Report on plague in the Punjab from October 1st ... to September 30th ..., being the ... season of plague in the province
Disease focus: Plague
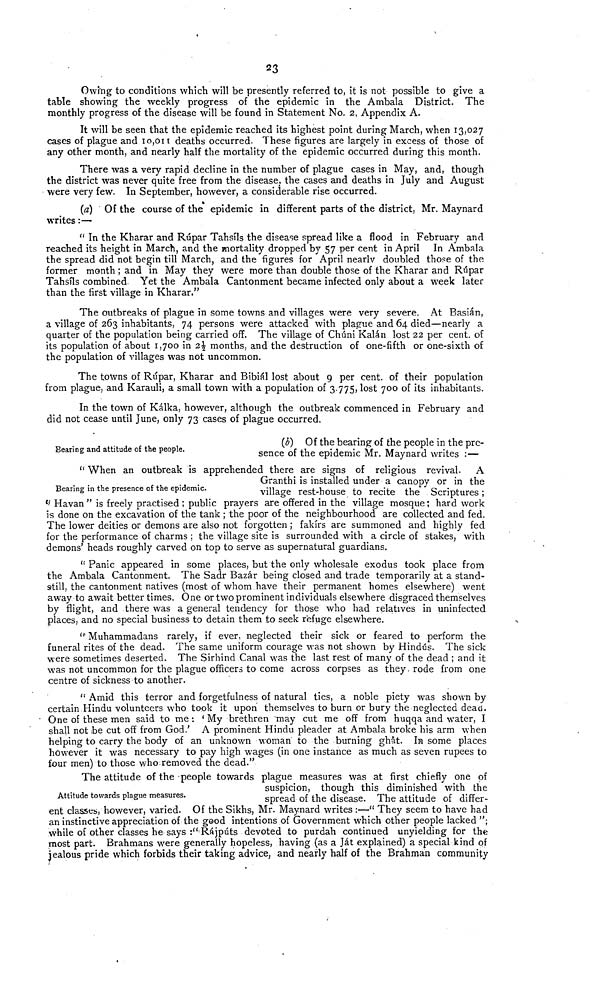
23
Owing to conditions which will be presently referred to, it is not possible to give a
table showing the weekly progress of the epidemic in the Ambala District. The
monthly progress of the disease will be found in Statement No. 2, Appendix A.
It will be seen that the epidemic reached its highest point during March, when 13,027
cases of plague and 10,011 deaths occurred. These figures are largely in excess of those of
any other month, and nearly half the mortality of the epidemic occurred during this month.
There was a very rapid decline in the number of plague cases in May, and, though
the district was never quite free from the disease, the cases and deaths in July and August
were very few. In September, however, a considerable rise occurred.
(a) Of the course of the epidemic in different parts of the district, Mr. Maynard
writes :—
" In the Kharar and Rúpar Tahsíls the disease spread like a flood in February and
reached its height in March, and the mortality dropped by 57 per cent in April In Ambala
the spread did not begin till March, and the figures for April nearlv doubled those of the
former month ; and in May they were more than double those of the Kharar and Rúpar
Tahsíls combined Yet the Ambala Cantonment became infected only about a week later
than the first village in Kharar."
The outbreaks of plague in some towns and villages were very severe. At Basián,
a village of 263 inhabitants, 74 persons were attacked with plague and 64 died—nearly a
quarter of the population being carried off. The village of Chúni Kalán lost 22 per cent, of
its population of about 1,700 in 2½ months, and the destruction of one-fifth or one-sixth of
the population of villages was not uncommon.
The towns of Rúpar, Kharar and Bibiál lost about 9 per cent, of their population
from plague, and Karauli, a small town with a population of 3775, lost 700 of its inhabitants.
In the town of Kálka, however, although the outbreak commenced in February and
did not cease until June, only 73 cases of plague occurred.
Bearing and attitude of the people.
(b) Of the bearing of the people in the pre-
sence of the epidemic Mr. Maynard writes : —
Bearing in the presence of the epidemic.
" When an outbreak is apprehended there are signs of religious revival. A
Granthi is installed under a canopy or in the
village rest-house to recite the Scriptures :
" Havan " is freely practised ; public prayers are offered in the village mosque ; hard work
is done on the excavation of the tank ; the poor of the neighbourhood are collected and fed.
The lower deities or demons are also not forgotten ; fakirs are summoned and highly fed
for the performance of charms ; the village site is surrounded with a circle of stakes, with
demons' heads roughly carved on top to serve as supernatural guardians.
" Panic appeared in some places, but the only wholesale exodus took place from
the Ambala Cantonment. The Sadr Bazár being closed and trade temporarily at a stand-
still, the cantonment natives (most of whom have their permanent homes elsewhere) went
away to await better times. One or two prominent individuals elsewhere disgraced themselves
by flight, and there was a general tendency for those who had relatives in uninfected
places, and no special business to detain them to seek refuge elsewhere.
" Muhatnmadans rarely, if ever, neglected their sick or feared to perform the
funeral rites of the dead. The same uniform courage was not shown by Hindus. The sick
were sometimes deserted. The Sirhind Canal was the last rest of many of the dead ; and it
was not uncommon for the plague officers to come across corpses as they, rode from one
centre of sickness to another.
" Amid this terror and forgetfulness of natural ties, a noble piety was shown by
certain Hindu volunteers who took it upon themselves to burn or bury the neglected dead.
One of these men said to me : ' My brethren may cut me off from huqqa and water, I
shall not be cut off from God.' A prominent Hindu pleader at Ambala broke his arm when
helping to carry the body of an unknown woman to the burning ghât. In some places
however it was necessary to pay high wages (in one instance as much as seven rupees to
four men) to those who removed the dead."
Attitude towards plague measures.
The attitude of the people towards plague measures was at first chiefly one of
suspicion, though this diminished with the
spread of the disease. The attitude of differ-
ent classes, however, varied. Of the Sikhs, Mr. Maynard writes :—" They seem to have had
an instinctive appreciation of the good intentions of Government which other people lacked ";
while of other classes he says :" Rajputs devoted to purdah continued unyielding for the
most part. Brahmans were generally hopeless, having (as a Ját explained) a special kind of
jealous pride which forbids their taking advice, and nearly half of the Brahman community